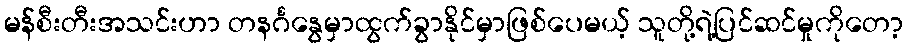
မန်စီးတီးအသင်းဟာ တနင်္ဂနွေမှာထွက်ခွာနိုင်မှာဖြစ်ပေမယ့် သူတို့ရဲ့ပြင်ဆင်မှုကိုတော့